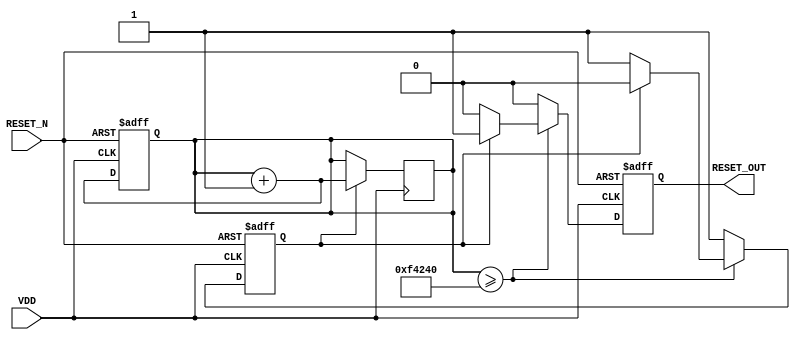
module PowerOnReset #(
    parameter RESET_DURATION = 1000000 // Duration for which RESET_OUT remains active (in ns)
)(
    input wire VDD,          // Power supply status
    input wire RESET_N,      // Active low reset input
    output reg RESET_OUT     // Reset output signal
);

    // Internal signals
    reg power_on;
    reg [31:0] timer; // Timer for reset duration

    // State definitions
    localparam IDLE = 1'b0;
    localparam ACTIVE = 1'b1;
    reg state;

    // Initial block to initialize outputs
    initial begin
        RESET_OUT = 1'b1; // Assuming active low reset, set to high initially
        power_on = 1'b0;
        state = IDLE;
        timer = 0;
    end

    // Main behavioral block
    always @(posedge VDD or negedge RESET_N) begin
        if (!RESET_N) begin
            // If RESET_N is asserted, force RESET_OUT active
            RESET_OUT <= 1'b0; // Active low
            state <= ACTIVE;
            timer <= 0; // Reset the timer
        end else if (VDD) begin
            // Detect power-on condition
            power_on <= 1'b1;
            state <= ACTIVE;
            RESET_OUT <= 1'b0; // Active low
            
            // Start the timer
            timer <= timer + 1;
            if (timer >= RESET_DURATION) begin
                // After the defined duration, release the reset if not in active state
                if (state == ACTIVE) begin
                    RESET_OUT <= 1'b1; // Release reset
                    state <= IDLE; // Go back to idle
                end
            end
        end else begin
            // If VDD goes low, reset everything
            power_on <= 1'b0;
            RESET_OUT <= 1'b1; // Release reset
            timer <= 0; // Reset timer
            state <= IDLE; // Go back to idle
        end
    end

    // Timer control to ensure proper timing
    always @(posedge VDD) begin
        if (state == ACTIVE) begin
            // Increment timer only if we are in active state
            timer <= timer + 1;
        end
    end

endmodule